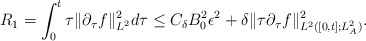
\begin{align*}R_1=\int^t_0\tau\|\partial_\tau f\|_{L^2}^2d\tau \le C_\delta B_0^2\epsilon^2+\delta \|\tau\partial_\tau f\|^2_{L^2([0,t];L^2_A)}.\end{align*}